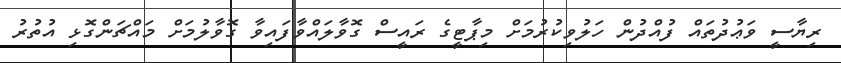
ރިޔާސީ ވަަޢުދުތައް ފުއްދުން ހަލުވިކުރުމަށް މިޕާޓީގެ ރައީސް ގޮވާލައްވާފައިވާ ގޮވާލުމަށް މައްޗަންގޮޅިި އުތުރު